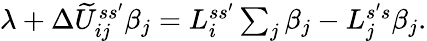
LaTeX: \begin{array}{r}{\lambda+\Delta\widetilde U_{ij}^{ss^{\prime}}\beta_{j}=L_{i}^{ss^{\prime}}\sum_{j}\beta_{j}-L_{j}^{s^{\prime}s}\beta_{j}.}\end{array}